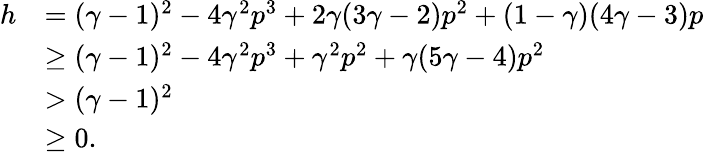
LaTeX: \begin{array}{rl}{h}&{=(\gamma-1)^{2}-4\gamma^{2}p^{3}+2\gamma(3\gamma-2)p^{2}+(1-\gamma)(4\gamma-3)p}\\ &{\geq(\gamma-1)^{2}-4\gamma^{2}p^{3}+\gamma^{2}p^{2}+\gamma(5\gamma-4)p^{2}}\\ &{>(\gamma-1)^{2}}\\ &{\geq 0.}\end{array}